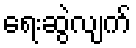
ရေးဆွဲလျက်